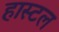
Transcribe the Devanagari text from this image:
हास्‍टल